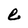
Character: e